Indian journal of veterinary science and animal husbandry - Volume 10,
Year: 1940
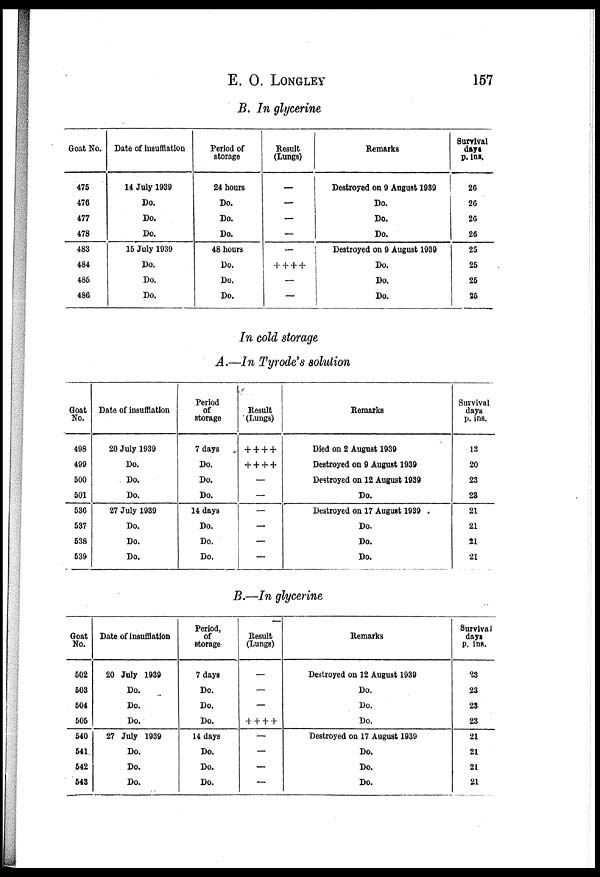
E. O. LONGLEY 157
B. In glycerine
Goat No.
475
476
477
478
483
484
485
486
Date of insufflation
14 July 1939
Do.
Do.
Do.
15 July 1939
Do.
Do.
Do.
Period of
storage
24 hours
Do.
Do.
Do.
48 hours
Do.
Do.
Do.
Result
(Lungs)
—
—
—
—
—
+ + + +
—
—
Remarks
Destroyed on 9 August 1939
Do.
Do.
Do.
Destroyed on 9 August 1939
Do.
Do.
Do.
Survival
days
p. ins.
26
26
26
26
25
25
25
25
In cold storage
A.—In Tyrodes solution
Goat
No.
498
499
500
501
536
537
538
539
Date of insufflation
20 July 1939
Do.
Do.
Do.
27 July 1939
Do.
Do.
Do.
Period
of
storage
7 days
Do.
Do.
Do.
14 days
Do.
Do.
Do.
Result
(Lungs)
+ + + +
+ + + +
—
—
—
—
—
—
Remarks
Died on 2 August 1939
Destroyed on 9 August 1939
Destroyed on 12 August 1939
Do.
Destroyed on 17 August 1939 .
Do.
Do.
Do.
Survival
days
p. ins.
13
20
23
23
21
21
21
21
B.—In glycerine
Goat
No.
502
503
504
505
540
541
542
643
Date of insufflation
20 July 1939
Do.
Do.
Do.
27 July 1939
Do.
Do.
Do.
Period,
of
storage
7 days
Do.
Do.
Do.
14 days
Do.
Do.
Do.
Result
(Lungs)
—
—
—
+ + + +
—
—
—
—
Remarks
Destroyed on 12 August 1939
Do.
Do.
Do.
Destroyed on 17 August 1939
Do.
Do.
Do.
Survival
days
P. ins.
23
23
23
23
21
21
21
21